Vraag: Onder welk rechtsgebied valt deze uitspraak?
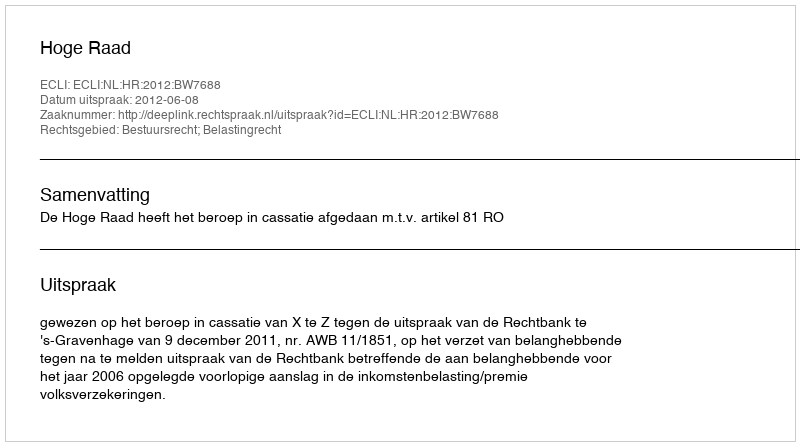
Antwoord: Bestuursrecht; Belastingrecht